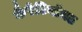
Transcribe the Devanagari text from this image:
कैरेटिनॉयड